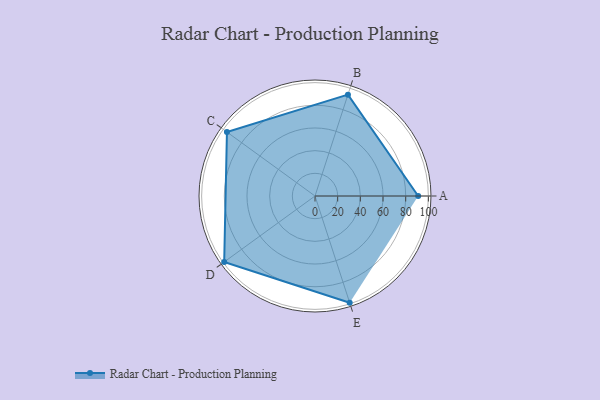
{"axis": {"x": "Skill", "y": "Score"}, "legend": ["Profile"], "data": [{"x": "A", "y": 91.0, "type": "Profile"}, {"x": "B", "y": 94.0, "type": "Profile"}, {"x": "C", "y": 96.0, "type": "Profile"}, {"x": "D", "y": 99.0, "type": "Profile"}, {"x": "E", "y": 99, "type": "Profile"}]}